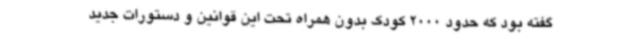
گفته بود که حدود 2000 کودک بدون همراه تحت این قوانین و دستورات جدید